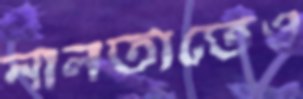
নালতাতেও